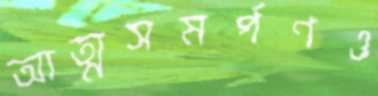
আত্মসমর্পণও